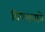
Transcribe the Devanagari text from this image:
विणकराने